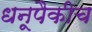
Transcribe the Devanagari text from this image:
धनूपैकीच